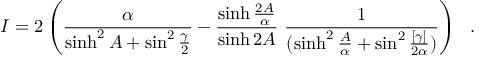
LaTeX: I = 2 \left( { \frac { \alpha } { \sinh ^ { 2 } A + \sin ^ { 2 } { \frac { \gamma } { 2 } } } } - { \frac { \sinh { \frac { 2 A } { \alpha } } } { \sinh { 2 A } } } ~ { \frac { 1 } { ( \sinh ^ { 2 } { \frac { A } { \alpha } } + \sin ^ { 2 } { \frac { [ \gamma ] } { 2 \alpha } } ) } } \right) ~ ~ .